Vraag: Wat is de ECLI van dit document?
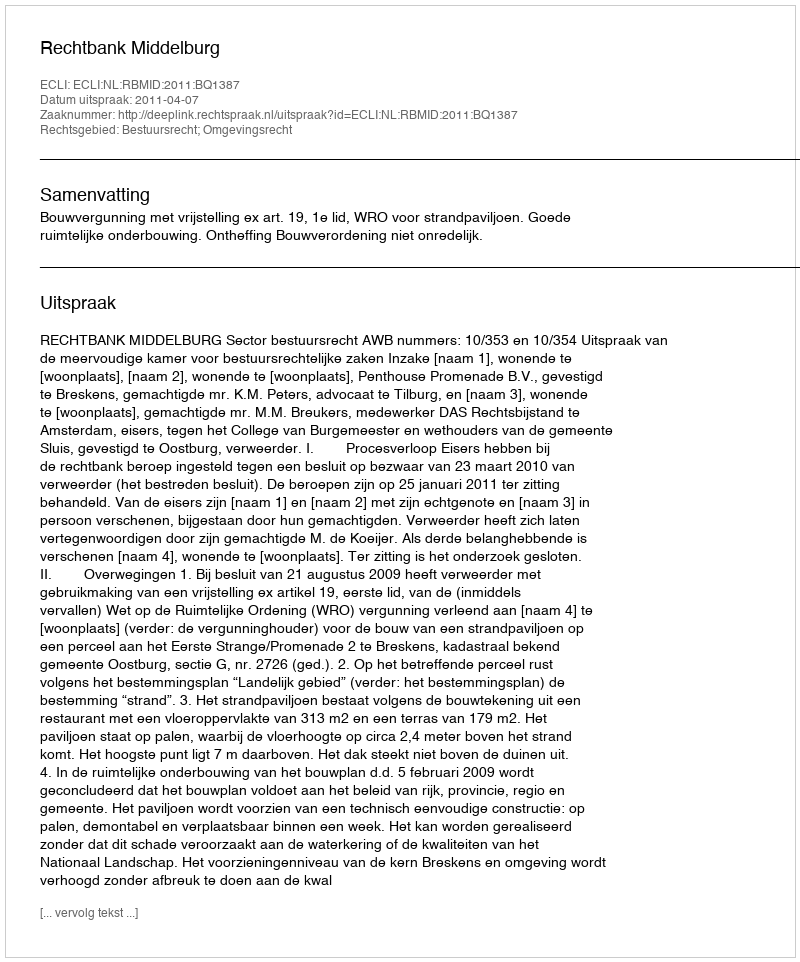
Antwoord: ECLI:NL:RBMID:2011:BQ1387